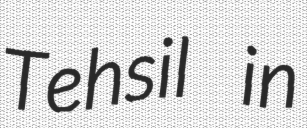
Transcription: Tehsil in